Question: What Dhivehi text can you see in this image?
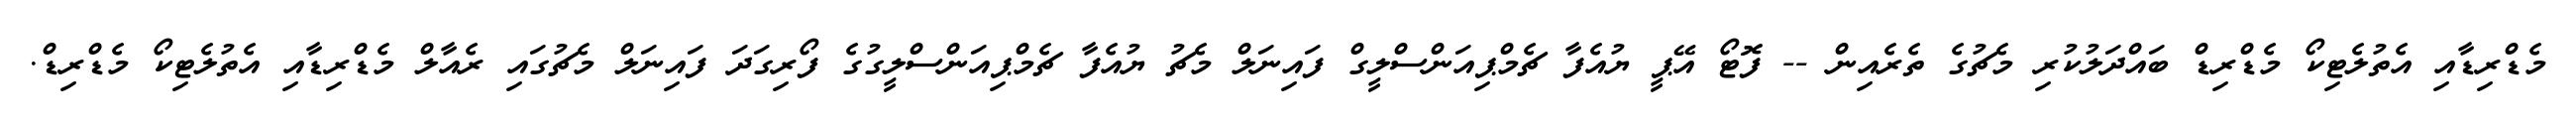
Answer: މެޑްރިޑާއި އެތުލެޓިކޯ މެޑްރިޑް ބައްދަލުކުރި މެޗުގެ ތެރެއިން -- ފޮޓޯ އޭޕީ ޔުއެފާ ޗެމްޕިއަންސްލީގް ފައިނަލް މެޗު ޔުއެފާ ޗެމްޕިއަންސްލީގުގެ ފޯރިގަދަ ފައިނަލް މެޗުގައި ރެއާލް މެޑްރިޑާއި އެތުލެޓިކޯ މެޑްރިޑް.